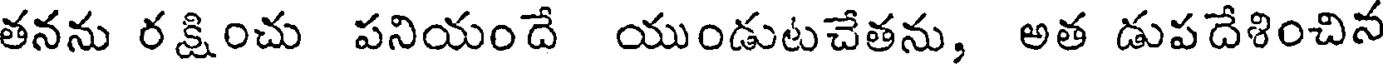
తనను రక్షించు పనియందే యుండుటచేతను, అత డుపదేశించిన